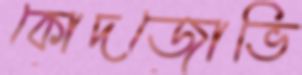
কোদজোভি